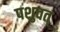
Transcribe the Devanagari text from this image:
पशुवत्